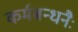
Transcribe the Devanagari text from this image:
कर्मबन्धनैः